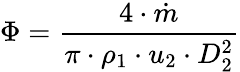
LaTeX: \Phi=\frac{4\cdot\dot{m}}{\pi\cdot\rho_{1}\cdot u_{2}\cdot D_{2}^{2}}